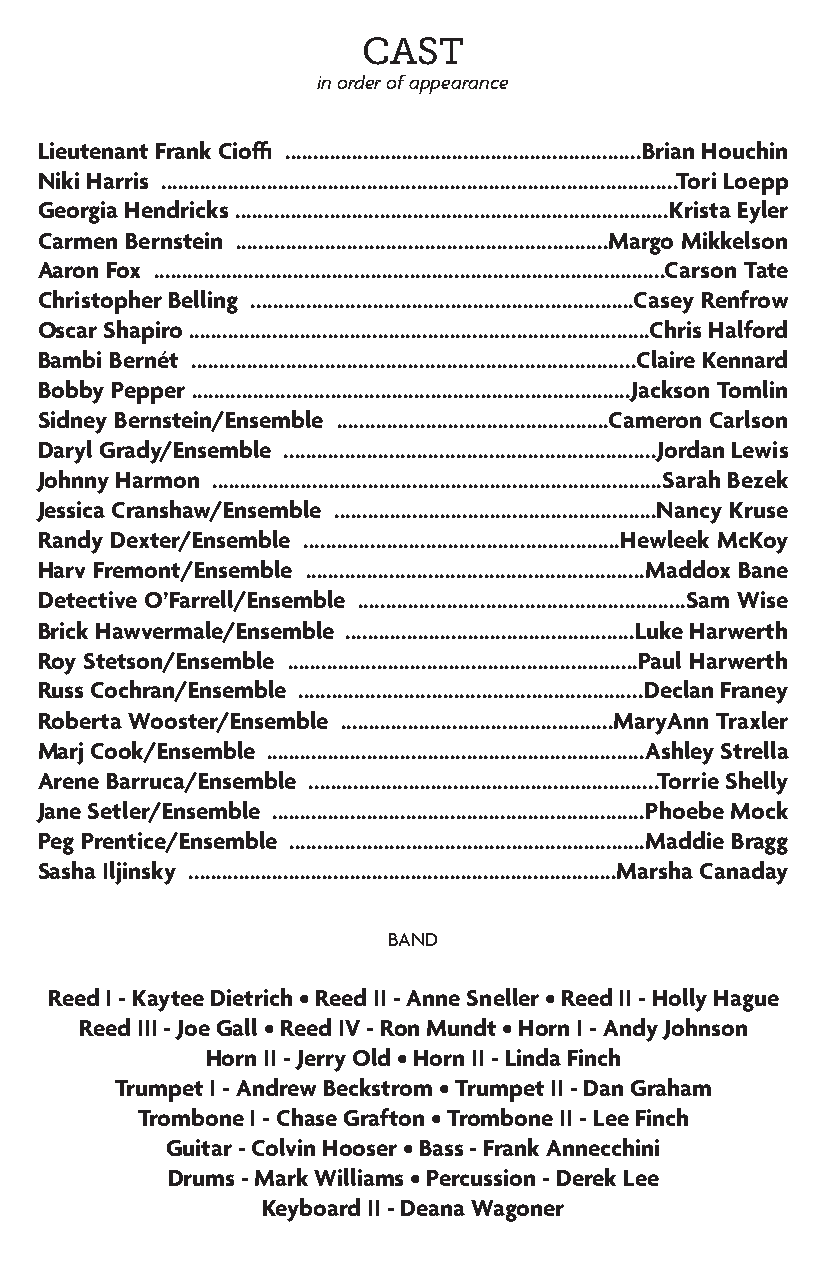
CAST
 in order of appearance
 Lieutenant Frank Cioffi ................................................................Brian Houchin
 Niki Harris .............................................................................................Tori Loepp
 Georgia Hendricks ..............................................................................Krista Eyler
 Carmen Bernstein ...................................................................Margo Mikkelson
 Aaron Fox ............................................................................................Carson Tate
 Christopher Belling .....................................................................Casey Renfrow
 Oscar Shapiro ...................................................................................Chris Halford
 Bambi Bernét ................................................................................Claire Kennard
 Bobby Pepper ...............................................................................Jackson Tomlin
 Sidney Bernstein/Ensemble .................................................Cameron Carlson
 Daryl Grady/Ensemble ...................................................................Jordan Lewis
 Johnny Harmon .................................................................................Sarah Bezek
 Jessica Cranshaw/Ensemble ..........................................................Nancy Kruse
 Randy Dexter/Ensemble .........................................................Hewleek McKoy
 Harv Fremont/Ensemble .............................................................Maddox Bane
 Detective O’Farrell/Ensemble ...........................................................Sam Wise
 Brick Hawvermale/Ensemble ....................................................Luke Harwerth
 Roy Stetson/Ensemble ...............................................................Paul Harwerth
 Russ Cochran/Ensemble ..............................................................Declan Franey
 Roberta Wooster/Ensemble .................................................MaryAnn Traxler
 Marj Cook/Ensemble ....................................................................Ashley Strella
 Arene Barruca/Ensemble ...............................................................Torrie Shelly
 Jane Setler/Ensemble ...................................................................Phoebe Mock
 Peg Prentice/Ensemble ................................................................Maddie Bragg
 Sasha Iljinsky .............................................................................Marsha Canaday
 BAND
 Reed I - Kaytee Dietrich • Reed II - Anne Sneller • Reed II - Holly Hague
 Reed III - Joe Gall • Reed IV - Ron Mundt • Horn I - Andy Johnson
 Horn II - Jerry Old • Horn II - Linda Finch
 Trumpet I - Andrew Beckstrom • Trumpet II - Dan Graham
 Trombone I - Chase Grafton • Trombone II - Lee Finch
 Guitar - Colvin Hooser • Bass - Frank Annecchini
 Drums - Mark Williams • Percussion - Derek Lee
 Keyboard II - Deana Wagoner